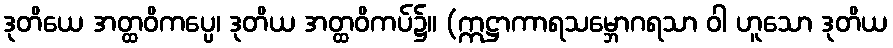
ဒုတိယေ အတ္ထဝိကပ္ပေ၊ ဒုတိယ အတ္ထဝိကပ်၌။ (ဣဋ္ဌာကာရသမ္ဘောဂရသာ ဝါ ဟူသော ဒုတိယ